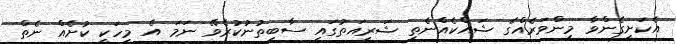
އެކަށީގެންވާ މިންވަރެއްގެ ޝައްކެއްނެތި ޝަރީއަތުގައި ސާބިތުނުކުރެވޭ ނަމަ އެ މީހަކީ ކުށެއް ނެތް